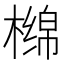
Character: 𰘣